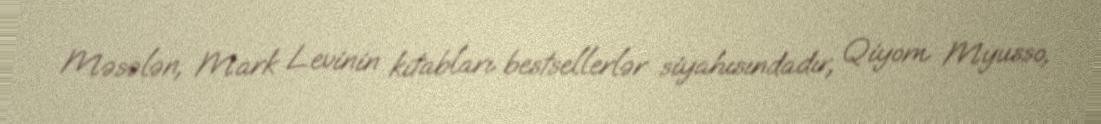
Məsələn, Mark Levinin kitabları bestsellerlər siyahısındadır, Qiyom Myusso,